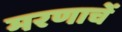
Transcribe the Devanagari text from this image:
मरणाचें